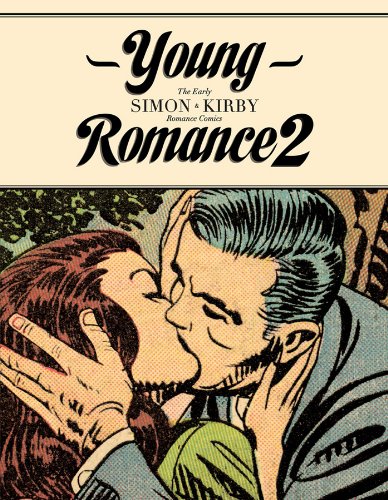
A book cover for Young Romance 2; Jack Kirby; Comics & Graphic Novels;